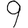
Digit: 9